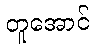
တူအောင်